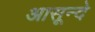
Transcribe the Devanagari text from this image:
आसून्दे